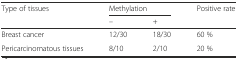
| <ROWSPAN=2> Type of tissues | <COLSPAN=2> Methylation | <ROWSPAN=2> Positive rate |
 | – | + |
 | --- | --- | --- | --- |
 | Breast cancer | 12/30 | 18/30 | 60 % |
 | Pericarcinomatous tissues | 8/10 | 2/10 | 20 % |